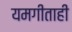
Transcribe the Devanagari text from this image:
यमगीताही